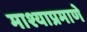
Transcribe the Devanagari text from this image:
माश्याप्रमाणे